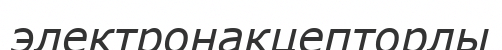
электронакцепторлы